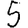
Digit: 5